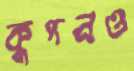
কুপনও